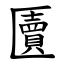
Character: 匵